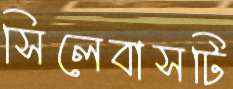
সিলেবাসটি